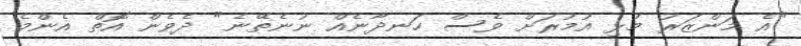
"އެ މަންޒަރު މުޅި އުމުރަށް ވެސް ހަނދާނެއް ނުނެތޭނެ" ދެވެން އޮތް އެންމެ